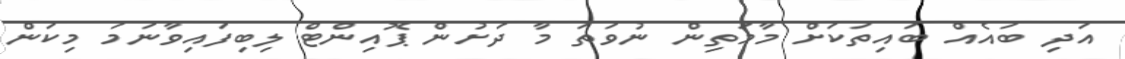
އަދި ބައެއް ބައިތަކަށް މާމަތިން ނުވަތަ މާ ދަށުން ޕޮއިންޓް ލިބިފައިވާނަމަ މިކަން